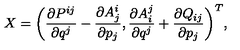
X = \bigg ( \frac { \partial P ^ { i j } } { \partial q ^ { j } } - \frac { \partial A _ { j } ^ { i } } { \partial p _ { j } } , \frac { \partial A _ { i } ^ { j } } { \partial q ^ { j } } + \frac { \partial Q _ { i j } } { \partial p _ { j } } \bigg ) ^ { T } ,